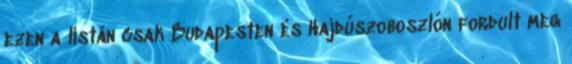
ezen a listán csak Budapesten és Hajdúszoboszlón fordult meg